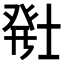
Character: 𬐂